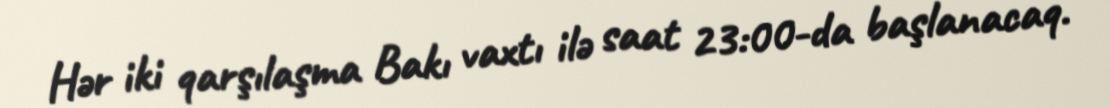
Hər iki qarşılaşma Bakı vaxtı ilə saat 23:00-da başlanacaq.